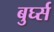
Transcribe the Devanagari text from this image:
बुर्घ्स